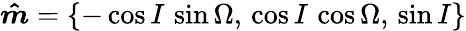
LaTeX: \boldsymbol{\hat{m}}=\left\{ -\cos I\, \sin\Omega,\, \cos I\, \cos\Omega,\, \sin I\right\}